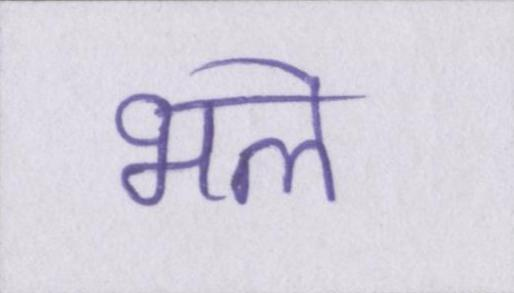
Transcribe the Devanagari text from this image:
भले